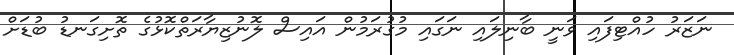
ނަޒަރު ހުއްޓިފައި ވަނީ ބާނިލައި ނަގައި މުގުރަމުން އައިސް ލޮނުޒިޔާރަތްކޮޅުގެ ތޮށިގަނޑު ބުޑަށް